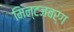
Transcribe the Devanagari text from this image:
मिन्टजबर्ग